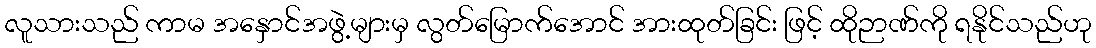
လူသားသည် ကာမ အနှောင်အဖွဲ့များမှ လွတ်မြောက်အောင် အားထုတ်ခြင်း ဖြင့် ထိုဉာဏ်ကို ရနိုင်သည်ဟု